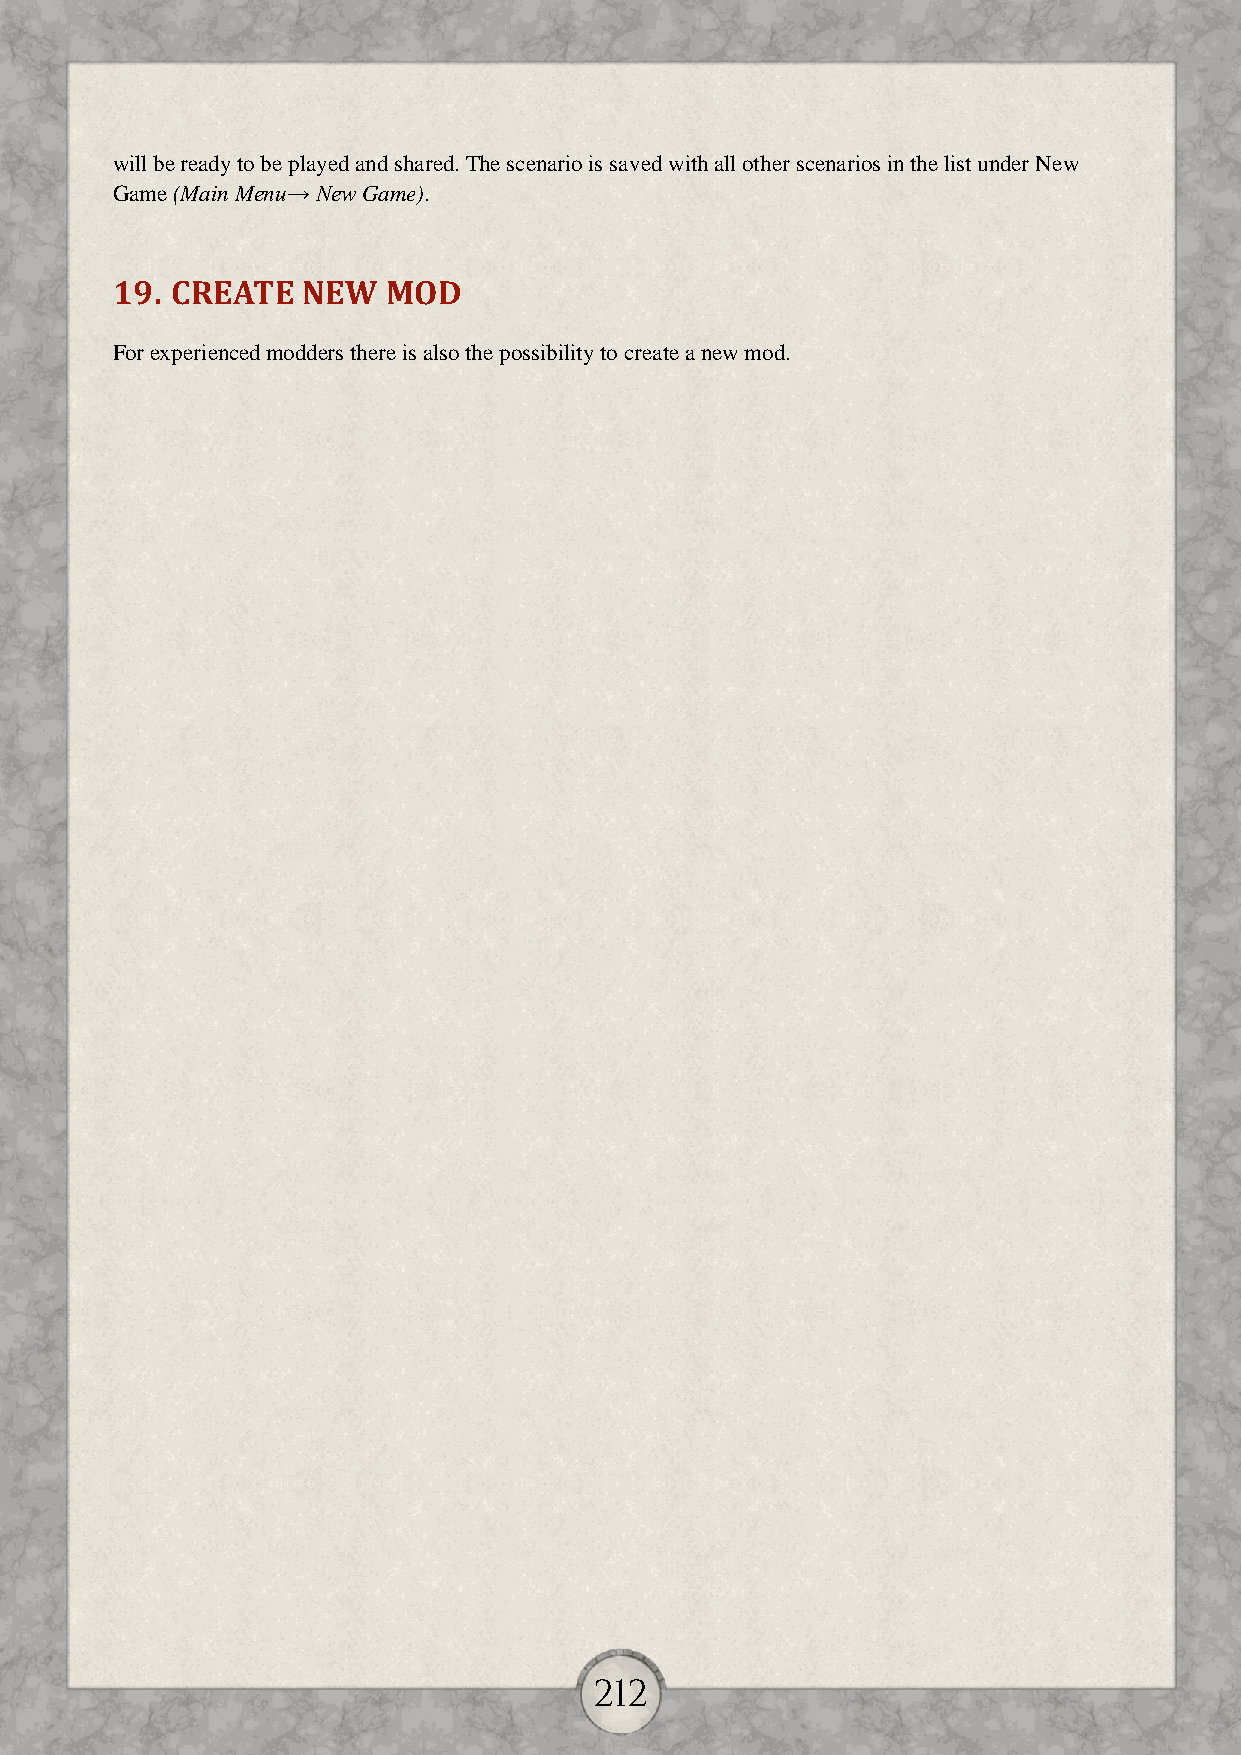
will be ready to be played and shared. The scenario is saved with all other scenarios in the list under New
 Game (Main Menu→ New Game).
 19. CREATE   NEW   MOD
 For experienced modders there is also the possibility to create a new mod.
 212